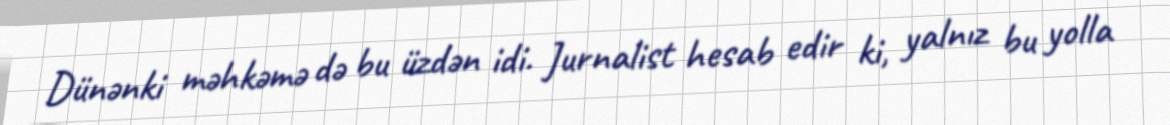
Dünənki məhkəmə də bu üzdən idi. Jurnalist hesab edir ki, yalnız bu yolla